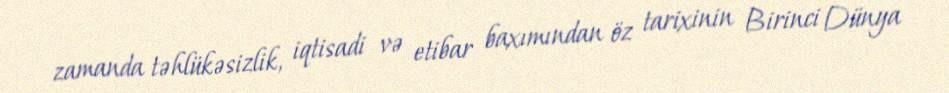
zamanda təhlükəsizlik, iqtisadi və etibar baxımından öz tarixinin Birinci Dünya